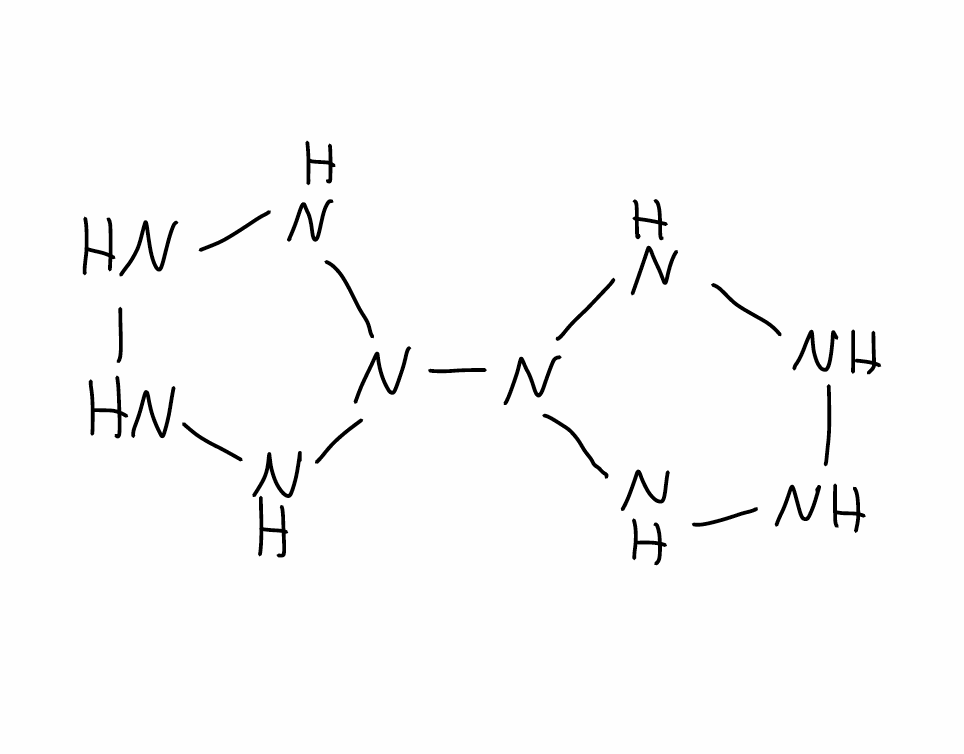
Simplified molecular-input line-entry system (SMILES) notation of the given molecule:
N1NNN(N1)N2NNNN2